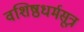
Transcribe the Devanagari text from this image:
वशिष्ठधर्मसूत्र